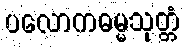
ပလောကဓမ္မသုတ္တံ